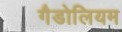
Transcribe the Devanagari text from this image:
गैडोलियम